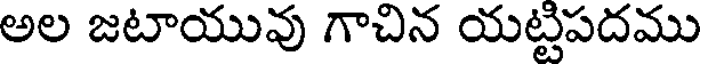
అల జటాయువు గాచిన యట్టిపదము